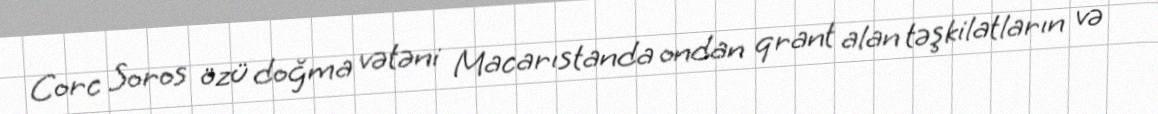
Corc Soros özü doğma vətəni Macarıstanda ondan qrant alan təşkilatların və